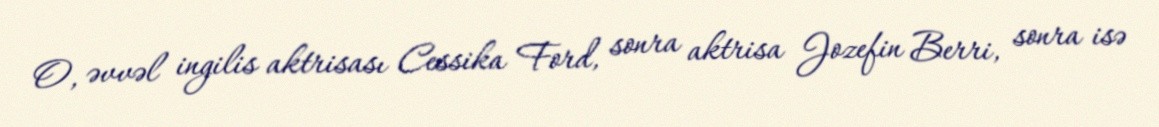
O, əvvəl ingilis aktrisası Cessika Ford, sonra aktrisa Jozefin Berri, sonra isə